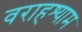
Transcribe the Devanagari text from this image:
वराहश्याम